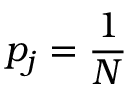
p _ { j } = { \frac { 1 } { N } }